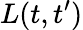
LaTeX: L(t,t^{\prime})